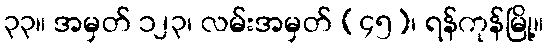
၃၃။ အမှတ် ၁၂၃၊ လမ်းအမှတ် (၄၅)၊ ရန်ကုန်မြို့။